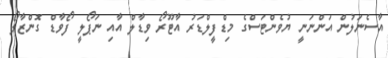
އާސެނަލުން އަންނަނީ ޔުވެންޓަސްގެ މިޑްފީލްޑަރު އާޓޫރޯ ވިޑާލް އާއި ނަޕޯލީ ފޯވާޑް ގޮންޒާލޯ